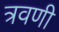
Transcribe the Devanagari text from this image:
त्रवणी